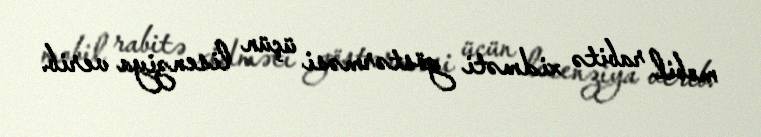
mobil rabitə xidməti göstərməsi üçün lisenziya verib.